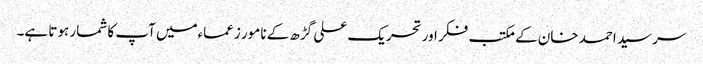
سرسید احمد خان کے مکتب فکر اور تحریک علی گڑھ کے نامور زعماءمیں آپ کا شمار ہوتا ہے۔